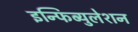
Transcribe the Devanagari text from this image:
इन्फिब्युलेशन